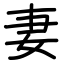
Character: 妻